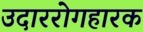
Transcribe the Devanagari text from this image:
उदाररोगहारक